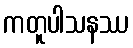
ကတူပါသနဿ